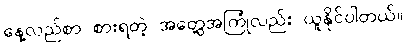
နေ့လည်စာ စားရတဲ့ အတွေ့အကြုံလည်း ယူနိုင်ပါတယ်။